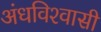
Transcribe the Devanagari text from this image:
अंधविश्‍वासी